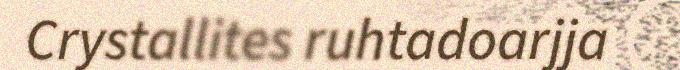
Crystallites ruhtadoarjja